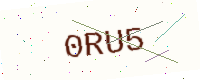
Text: 0RU5